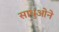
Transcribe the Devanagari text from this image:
साधुओने